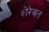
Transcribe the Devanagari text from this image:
शेरेवत